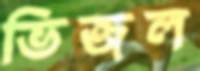
ভিজল